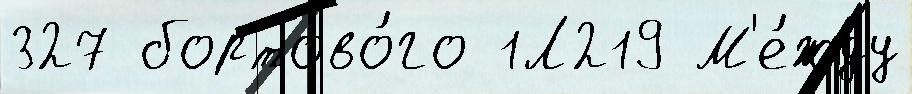
327 бортово́го 1Л219 М'е́жду